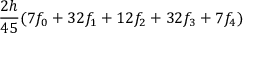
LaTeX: { \frac { 2 h } { 4 5 } } ( 7 f _ { 0 } + 3 2 f _ { 1 } + 1 2 f _ { 2 } + 3 2 f _ { 3 } + 7 f _ { 4 } )